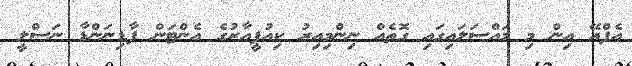
އެފްއޭ އިން މި މައްސަލައިގައި ގޮތެއް ނިންމިއިރު ކިއުޕީއާރުގެ އެންޓަން ފާޑިނަންޑާ ނަސްލީ